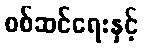
စစ်ဆင်ရေးနှင့်